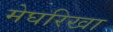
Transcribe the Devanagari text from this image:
मेघरिखा